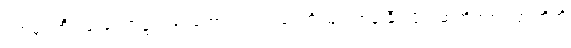
ဝက်မှင်ဘီး ပြုလုပ်ရာ၌လည်းကောင်း၊ ဝက်ရေကို မြင်းကုန်းနှီး၊ ပိုက်ဆံအိတ်စသည်တို့ကို